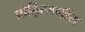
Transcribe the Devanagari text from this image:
प्रोढ़िरमणीय